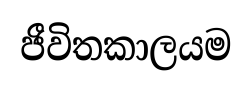
ජීවිතකාලයම